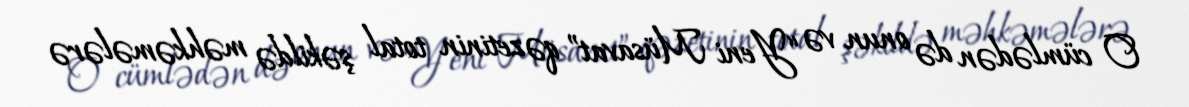
O cümlədən də onun və “Yeni Müsavat” qəzetinin total şəkildə məhkəmələrə